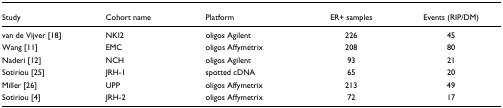
| Study | Cohort name | Platform | ER+ samples | Events (RIP/DM) |
 | --- | --- | --- | --- | --- |
 | van de Vijver [18] | NKI2 | oligos Agilent | 226 | 45 |
 | Wang [11] | EMC | oligos Affymetrix | 208 | 80 |
 | Naderi [12] | NCH | oligos Agilent | 93 | 21 |
 | Sotiriou [25] | JRH-1 | spotted cDNA | 65 | 20 |
 | Miller [26] | UPP | oligos Affymetrix | 213 | 49 |
 | Sotiriou [4] | JRH-2 | oligos Affymetrix | 72 | 17 |